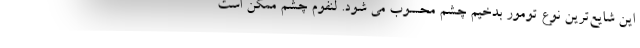
این شایع‌ترین نوع تومور بدخیم چشم محسوب می شود. لنفوم چشم ممکن است